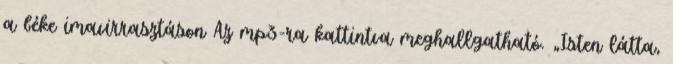
a béke imavirrasztáson Az mp3-ra kattintva meghallgatható. „Isten látta,